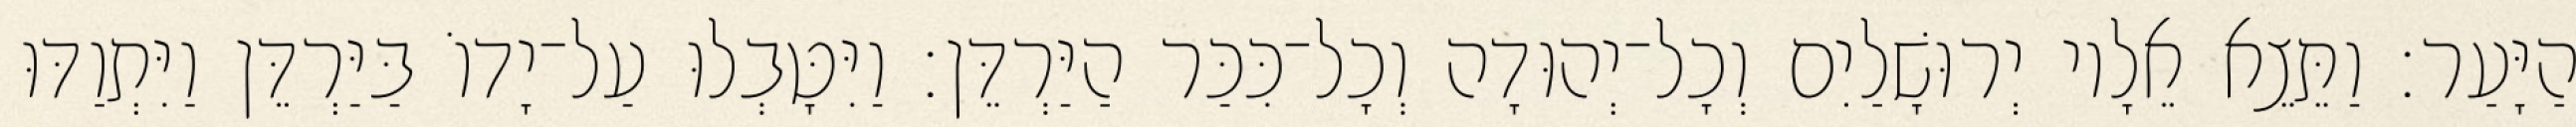
הַיָּעַר׃ וַתֵּצֵא אֵלָיו יְרוּשָׁלַיִם וְכָל־יְהוּדָה וְכָל־כִּכַּר הַיַּרְדֵּן׃ וַיִּטָּבְלוּ עַל־יָדוֹ בַּיַּרְדֵּן וַיִּתְוַדּוּ